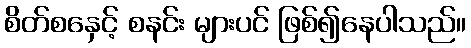
စိတ်စနှေင့် စနင်း များပင် ဖြစ်၍နေပါသည်။